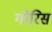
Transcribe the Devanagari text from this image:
गोरिस